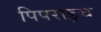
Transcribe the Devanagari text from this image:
पिपराइच